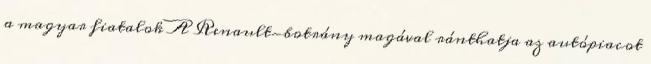
a magyar fiatalok A Renault-botrány magával ránthatja az autópiacot